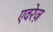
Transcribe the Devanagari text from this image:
एवरेज़